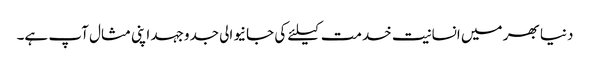
دنیا بھر میں انسانیت خدمت کیلئے کی جانیوالی جدوجہد اپنی مثال آپ ہے۔